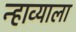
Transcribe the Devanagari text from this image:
न्हाव्याला